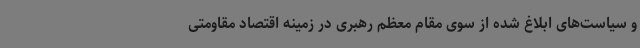
و سیاست‌های ابلاغ شده از سوی مقام معظم رهبری در زمینه اقتصاد مقاومتی